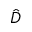
\hat { D }